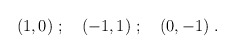
\begin{align*}(1,0)\ ; \quad (-1,1)\ ; \quad (0, -1)\ .\end{align*}